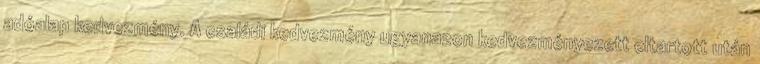
adóalap kedvezmény. A családi kedvezmény ugyanazon kedvezményezett eltartott után